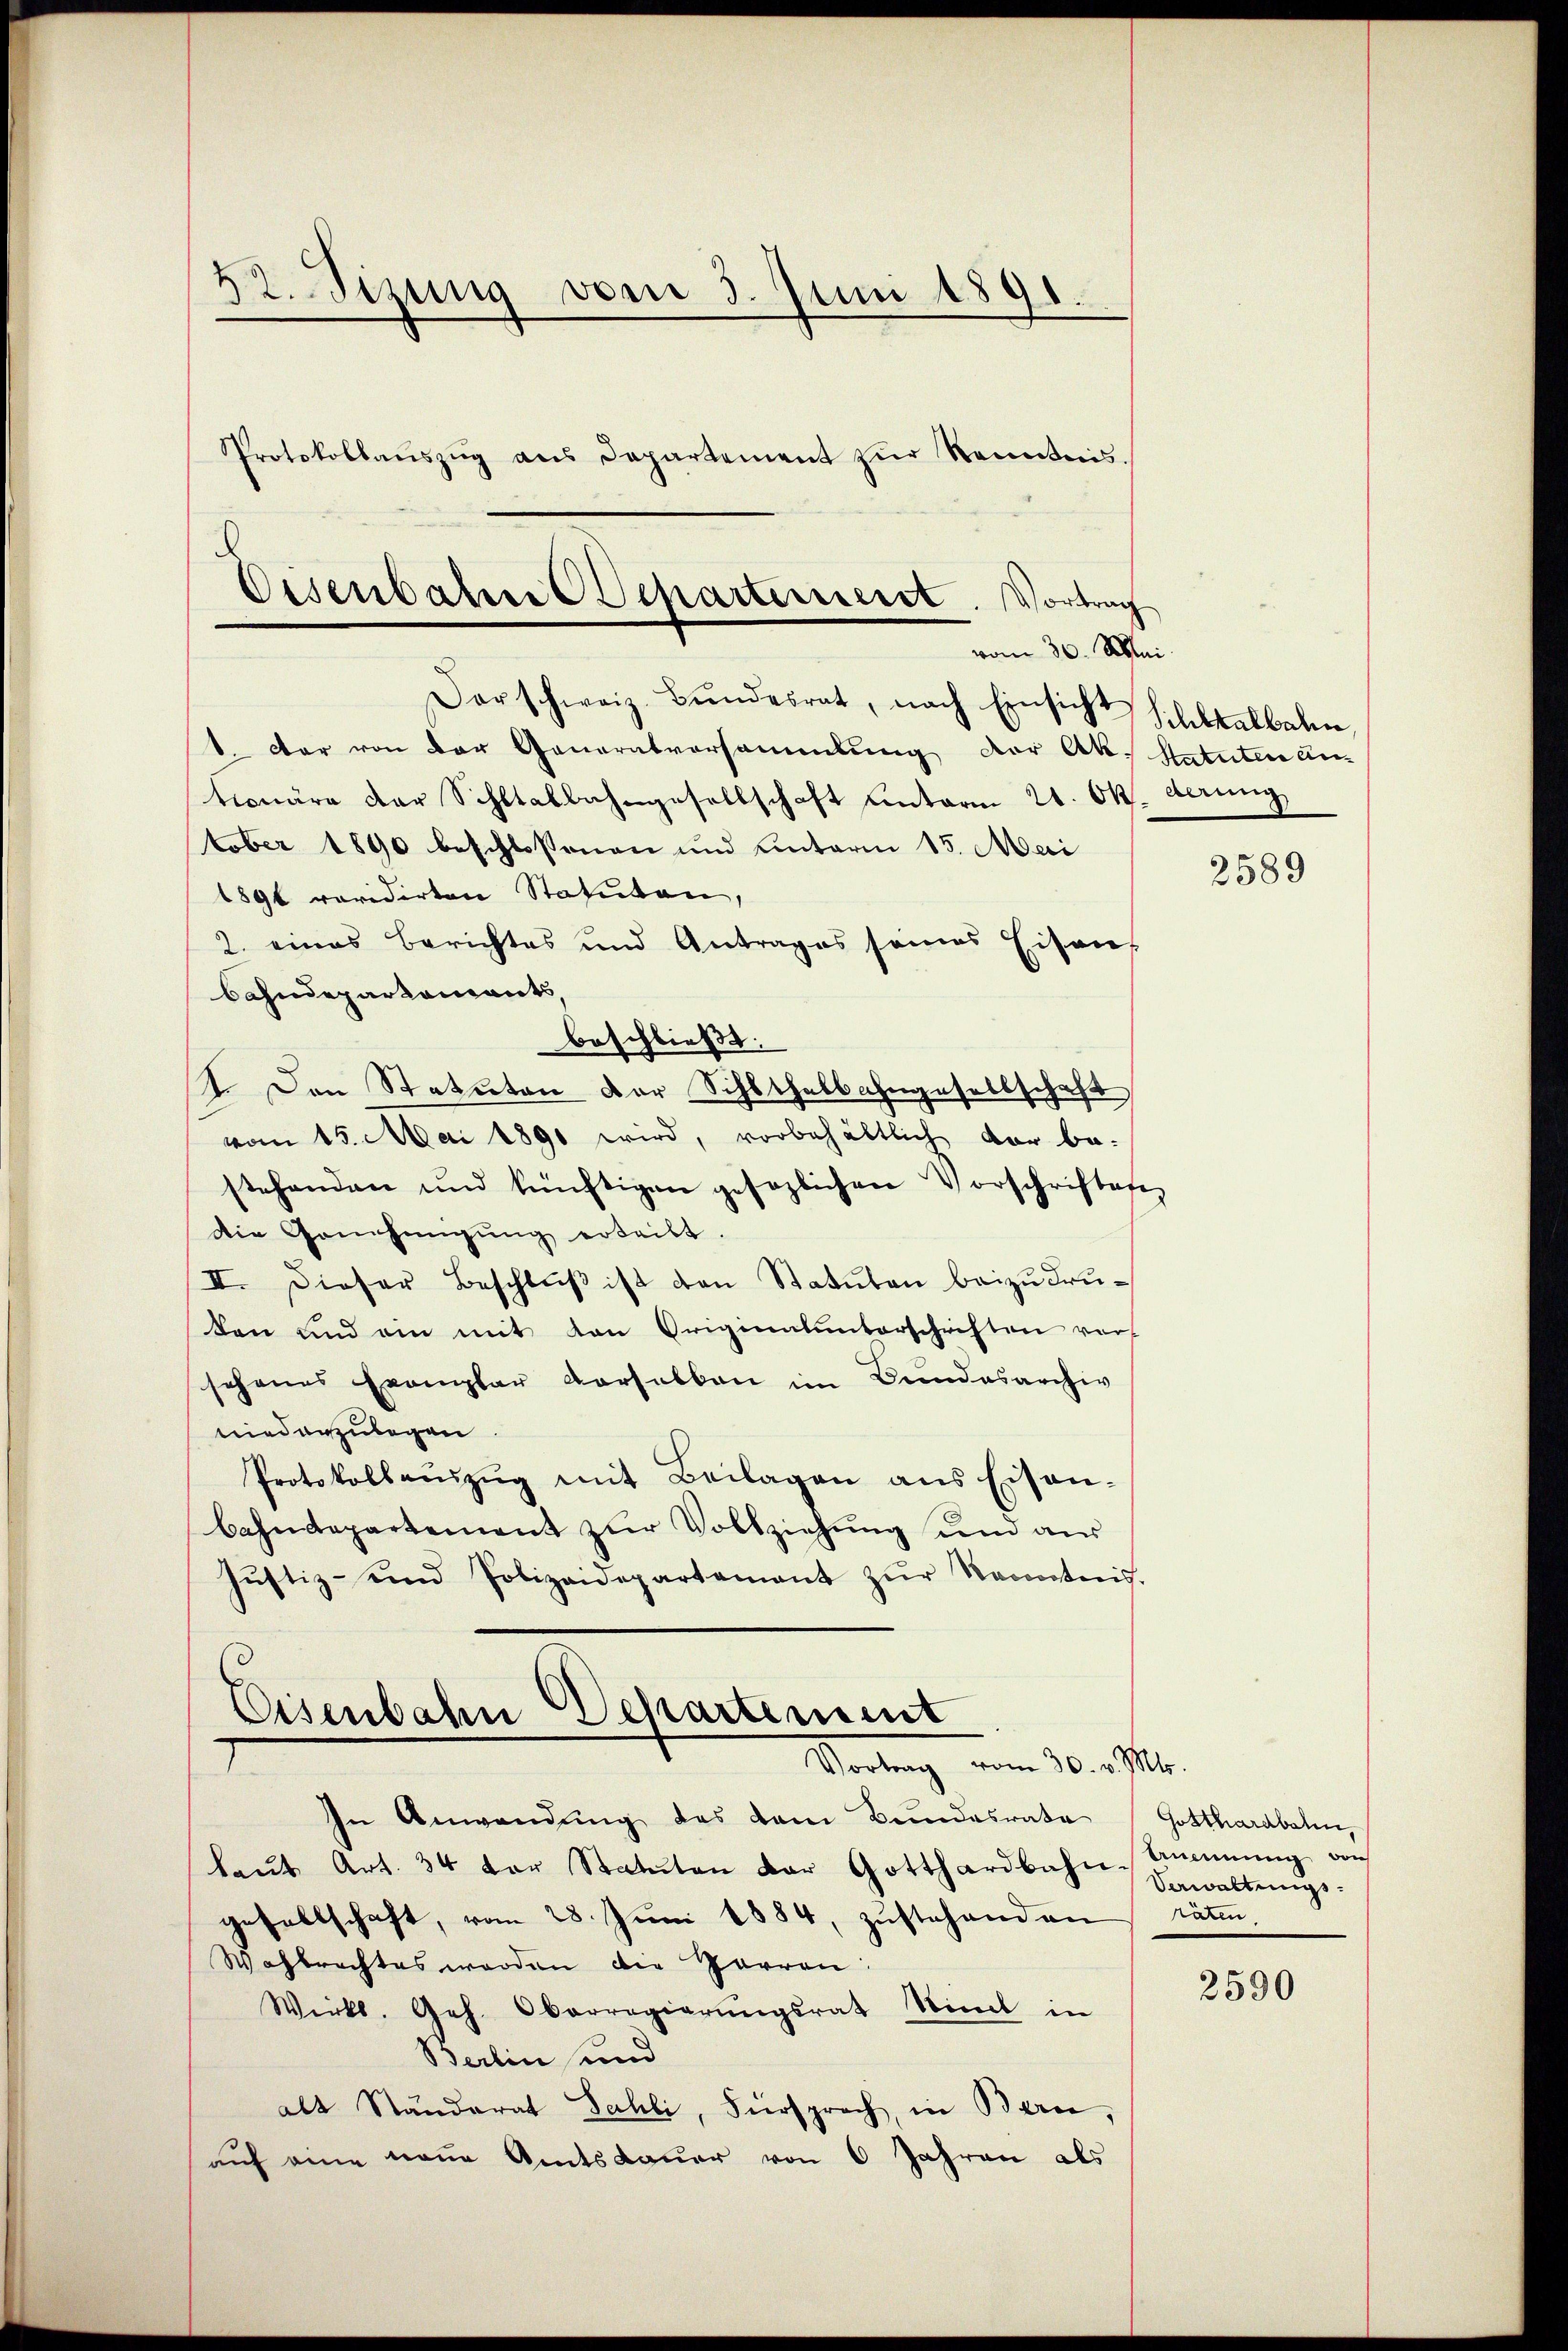
52. Sizung vom 3. Juni 1891.
Protokollaŭszŭg ans Departement zŭr Sonntens.

Eisenbahne Scharterneret. Vortrag
vom 30. Mai.

darschweiz. Bŭndesrat, nach Einsicht Schltalbahn
1 der von der Generalversammlung der Ak. Statuten an
tionäre der Schltalbahngesellschaft unterm 21. Okt. derung
tober 1890 beschlossenen und unterm 15. Mai
1891 revidirten Statuten,
2. eines Berichtes und Antrages seines Eisen-
bahndepartements
beschließt:
I. Den Statuten Dor Schlthalbahngesellschaft
vom 15. Mai 1891 wird, vorbehältlich vor be-
stehenden und künftigen gesezlichen Vorschriften,
die Genehmigŭng ertribt.
II. Dieser Beschlŭβ ist den Statuten beizudruden und ein mit von Originalunterschriften vor
sehenes Exemplar verselben im Bundesarchiv
niederzulegen
Protokollaŭszŭg mit Beilagen ans Eisen-
bahndepartement zur Vollziehung um aus
Justiz- und Polizeidepartement zŭr Kenntnis.

Eisenbahn Departement
Wortung vom 30. Mts.

In Anwendŭng des vom Bundesrate
laŭt Art. 34 der Statuten der Gotthardbahn-
gesellschaft, vom 28. Juni 1884, zustehenden
Wahlrechtes werden die Parren:
Wirkl. Geh. Oberregierŭngsrat Stimt in
Berlin und
alt Ständerat Sahli, Fürsprach, in Bern,
auf eine neue Amtsdauer von 6 Jahren als

2589

Gotthardbahn,
Ammung von
Verwaltungsräten.

2590